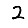
Digit: 2